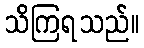
သိကြရသည်။